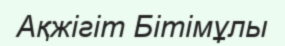
Ақжігіт Бітімұлы